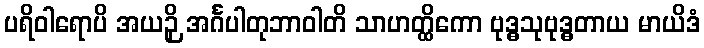
ပရိဝါရောပိ အယဉှိ အင်္ဂပါတုဘာဝါတိ သာဟတ္ထိကော ဗုဒ္ဓသုဗုဒ္ဓတာယ မာယိဒံ